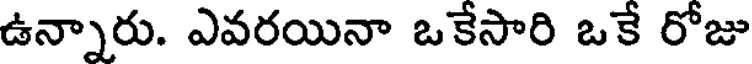
ఉన్నారు. ఎవరయినా ఒకేసారి ఒకే రోజు